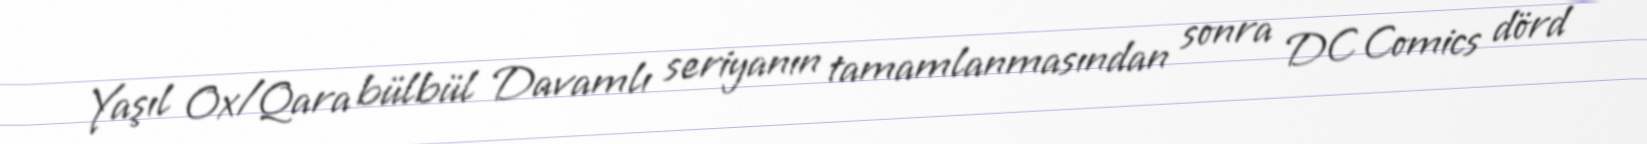
Yaşıl Ox/Qara bülbül Davamlı seriyanın tamamlanmasından sonra DC Comics dörd